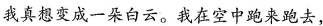
我真想变成一朵白云。我在空中跑来跑去，